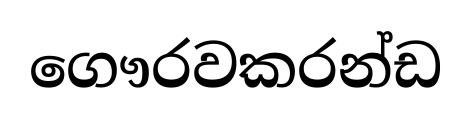
ගෞරවකරන්ඩ